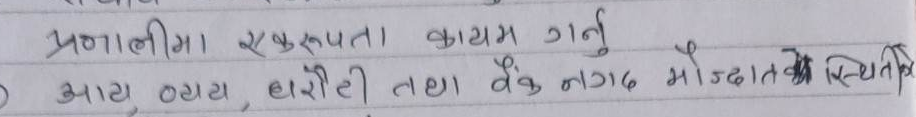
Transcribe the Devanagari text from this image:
प्रणालीमा एकरूपता कायम गर्नु
आय, व्यय, धरौटी तथा बैंक नगद मौज्दातको स्थिति